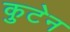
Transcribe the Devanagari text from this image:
कुटेन